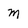
Character: m